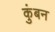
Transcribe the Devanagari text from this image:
कुंबन